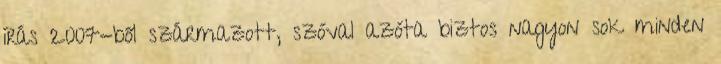
írás 2007-ből származott, szóval azóta biztos nagyon sok minden